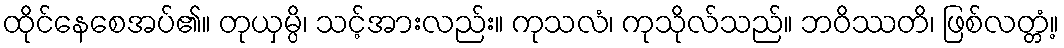
ထိုင်နေစေအပ်၏။ တုယှမ္ပိ၊ သင့်အားလည်း။ ကုသလံ၊ ကုသိုလ်သည်။ ဘဝိဿတိ၊ ဖြစ်လတ္တံ့။